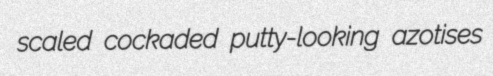
scaled cockaded putty-looking azotises